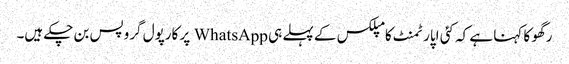
رگھو کا کہنا ہے کہ کئی اپارٹمنٹ کامپلکس کے پہلے ہی WhatsApp پر کارپول گروپس بن چکے ہیں۔